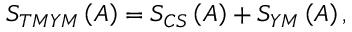
S _ { T M Y M } \left( A \right) = S _ { C S } \left( A \right) + S _ { Y M } \left( A \right) ,